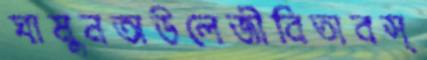
ঘামুনঅউলেজীবিতাবস্